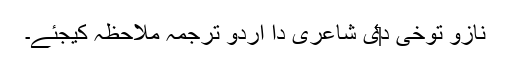
نازو توخی د‏‏ی شاعری دا اردو ترجمہ ملاحظہ کیجئے۔